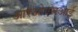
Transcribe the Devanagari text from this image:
आरओएसआई